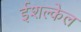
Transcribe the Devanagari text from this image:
ईशल्केल